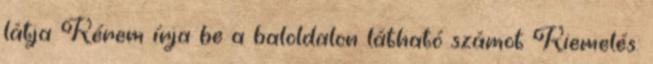
látja Kérem írja be a baloldalon látható számot Kiemelés: